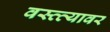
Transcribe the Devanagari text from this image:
वस्त्त्यावर